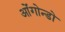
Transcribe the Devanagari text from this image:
ओंगोन्डो